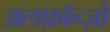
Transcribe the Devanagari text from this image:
अलफ़ॉन्ज़ो